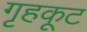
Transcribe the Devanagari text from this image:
गृहकूट